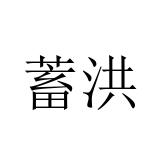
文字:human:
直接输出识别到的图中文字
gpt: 蓄洪